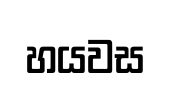
හයවස